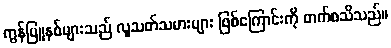
ကွန်မြူနစ်များသည် လူသတ်သမားများ ဖြစ်ကြောင်းကို တက်စသိသည်။